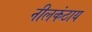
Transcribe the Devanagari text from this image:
नीलकंठाय